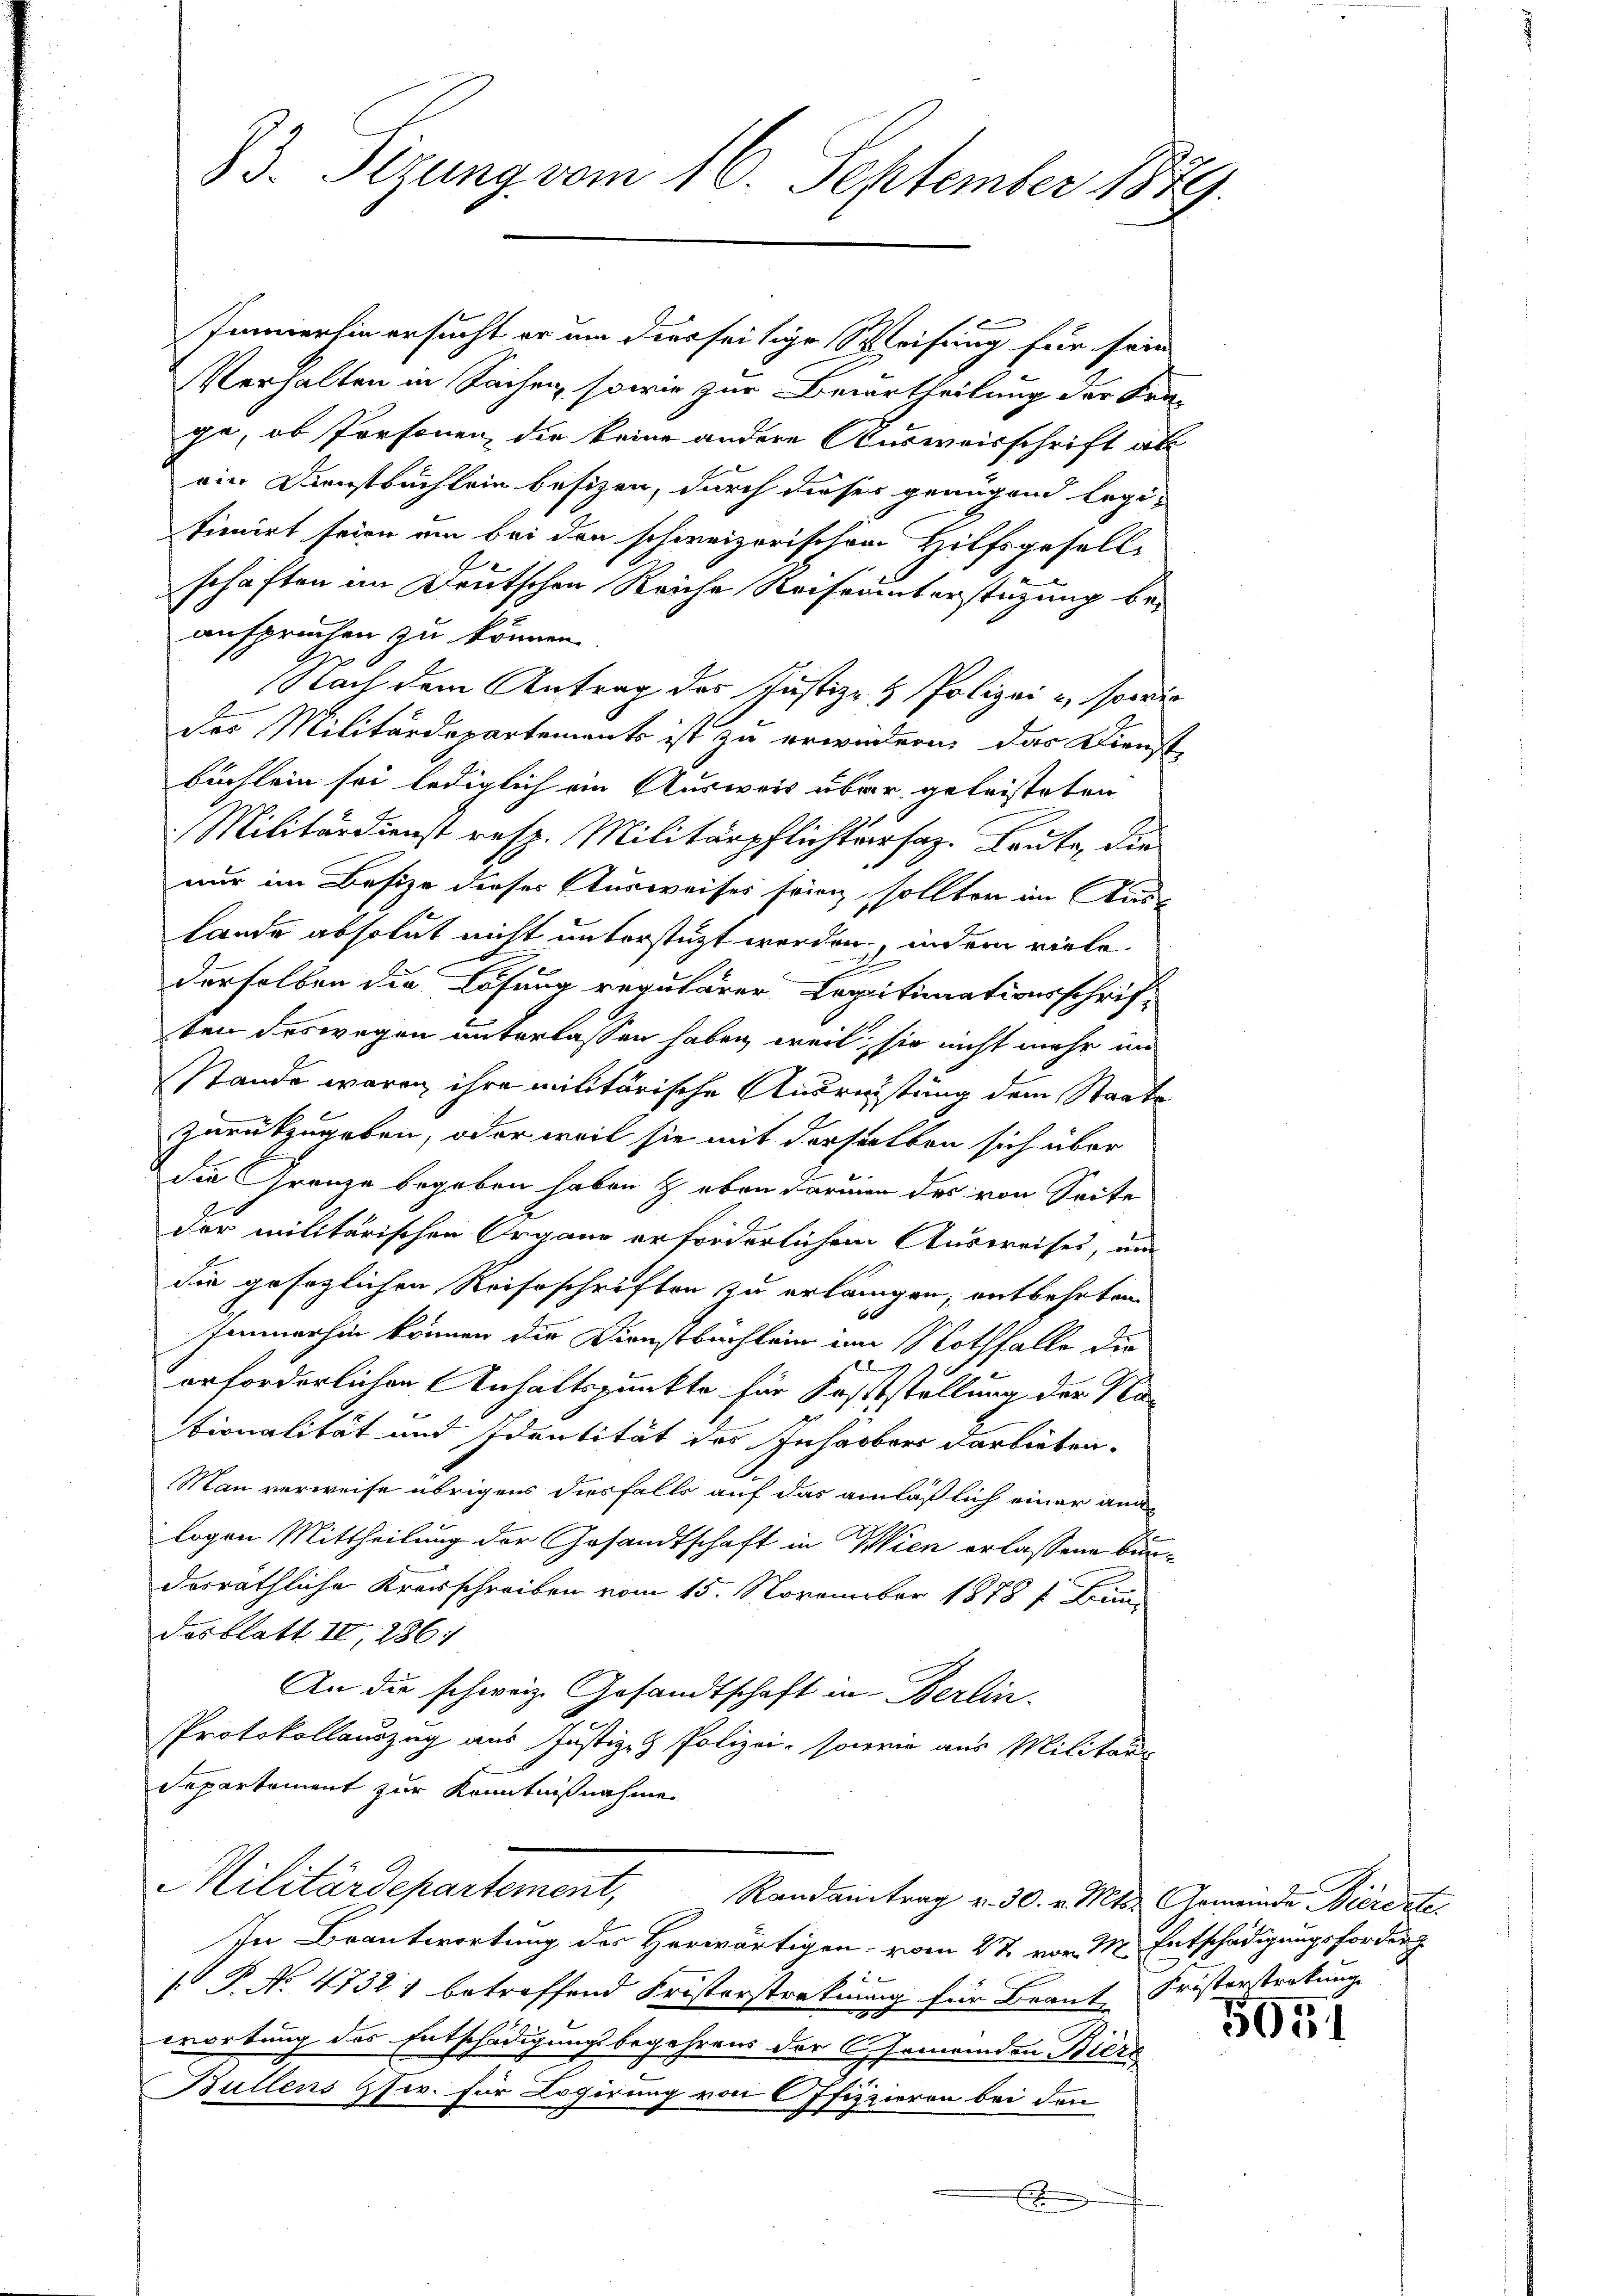
Immerhin ersucht er um diesseitige Weisung für sein
Verhalten in Sachen, sowie zur Beurtheilung der Kra-
ge, ob Personen, die keine andere Ausweisschrift al
ein Dienstbuchlein besizen, durch dieser geaugend legitimirt seien um bei den schweizerischen Hilfsgesell-
schäften im Deutschen Reiche Reiseunterstüzung bei
anspruchen zu können.
Nach dem Antrag der Justiz- & Polizei & sowie
Das Militärdepartements ist zu erwidern, das Dienst
büchlein sei lediglich ein Ausweis über geleisteten
Militärdienst resp. Militärpflichtersaz. Bruta, die
nur im Besize dieses Ausweises frien sollten im Aus-
Lande absolut nicht unterstüzt werden, indem viele.
derselben die Lösung regulärer Legitimationsschrif-
ten deswegen unterlassen haben, weil sie nicht mehr in
Stande waren ihre militärische Ausreistung dem Staatszurückzugeben, oder weil sie mit derselben sich über
die Grenze begeben haben & eben darum das von Seite
der militärischen Organe erforderlichem Ausweises, um
die gesezlichen Reiseschriften zu erlängen, entbehrten
66
Immerhin können die Dienstbuchlein im Nothfalle die
orforderlichen Anhaltspunkte für Koststellung der Na-
tionalität und Identität des Inhaber darbieten.
Man verweise übrigens diesfalls auf das ainläßlich einer ang
logen Mittheilung der Gesandtschaft in Wien erlassene Bundorräthliche Kreisschreiben vom 15. November 1878 f. Fin
desblatt II, 286.
An die schweiz. Gesandtschaft in Berlin.
Protokollauszug aus Justiz- & Polizei, sowie aus Militar-
Separtement zur Kenntnißnahme
Militärdepartement,
Randantrag v. 30. v. Mts. Gemeinde Bierente.
In Beantwortung des Herwärtigen vom 27. vor. M. Entschädigungsforder
1
 P. No 4732) betreffend Fristerstratuung für Beant Fristerstratung
wortung des Entschädigungsbegehrens der C. Gemeinden Biere
t
Bullens fr. für Logirung von Offizzieren bei den
.

23. Sizung vom 16. September 1879.

5951